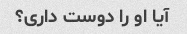
آیا او را دوست داری؟